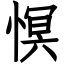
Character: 慏